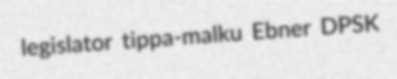
legislator tippa-malku Ebner DPSK